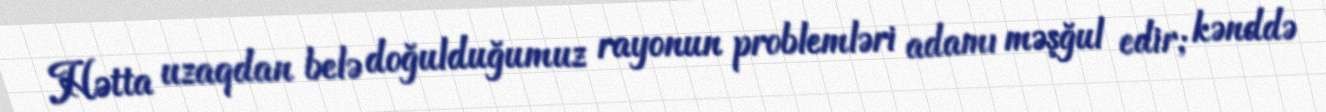
Hətta uzaqdan belə doğulduğumuz rayonun problemləri adamı məşğul edir; kənddə